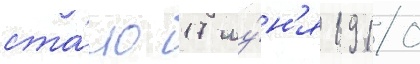
ста́ло 17 иу́н'я 1910